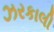
ઝરકાલી